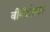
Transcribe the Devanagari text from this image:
वीर्यशोधन